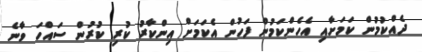
ދެއްކުމުން ކަމަށާއި އެހެންކަމުން ފަހުން އެކަމަށް އިންކާރު ކުރި ކުރުން ސައްހަ ވާނެ